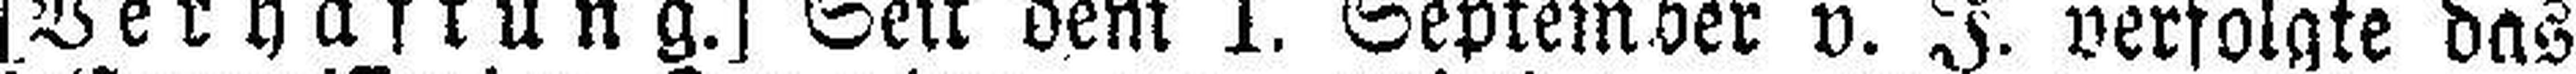
[Verhaftung.] Seit dem 1. September v. J. verfolgte das